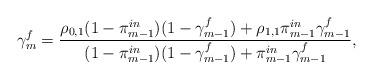
LaTeX: \begin{align*}\gamma_{m}^{f}=\frac{\rho_{0,1}(1-\pi_{m-1}^{in})(1-\gamma_{m-1}^{f})+\rho_{1,1}\pi_{m-1}^{in}\gamma_{m-1}^{f}}{(1-\pi_{m-1}^{in})(1-\gamma_{m-1}^{f})+\pi_{m-1}^{in}\gamma_{m-1}^{f}},\end{align*}